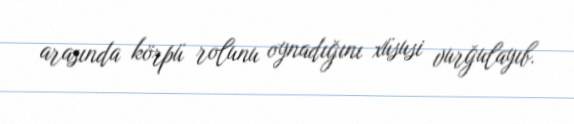
arasında körpü rolunu oynadığını xüsusi vurğulayıb.